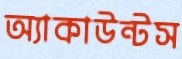
অ্যাকাউন্টস